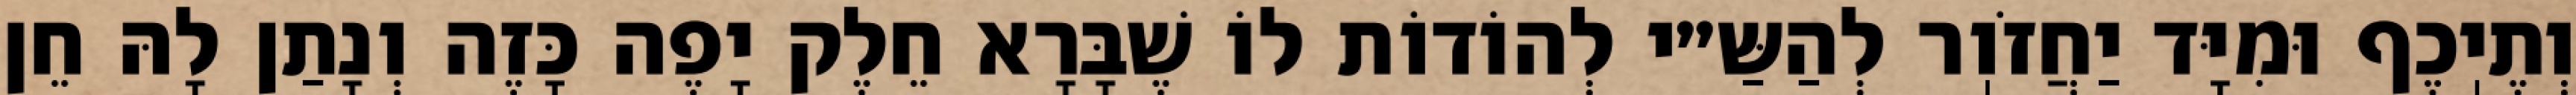
וְתֶיֽכֶף וּמִיָּד יַחֲזֹוֽר לְהַשַּ״י לְהוֹדוֹת לוֹ שֶׁבָּרָא חֵלֶק יָפֶה כָּזֶה וְנָתַן לָהּ חֵן